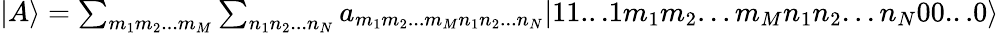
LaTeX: \begin{array}{r}{|A\rangle=\sum_{m_{1}m_{2}...m_{M}}\sum_{n_{1}n_{2}...n_{N}}a_{m_{1}m_{2}...m_{M}n_{1}n_{2}...n_{N}}|11...1m_{1}m_{2}...m_{M}n_{1}n_{2}...n_{N}00...0\rangle}\end{array}